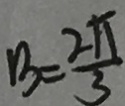
B = \frac { 2 \pi } { 3 }